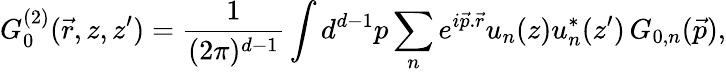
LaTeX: G_{0}^{(2)}(\vec{r},z,z^{\prime})=\frac{1}{(2\pi)^{d-1}}\int d^{d-1}p\sum_{n}e^{i\vec{p}.\vec{r}}u_{n}(z)u_{n}^{*}(z^{\prime})\, G_{0,n}(\vec{p}),